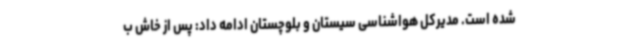
شده است. مدیرکل هواشناسی سیستان و بلوچستان ادامه داد: پس از خاش ب